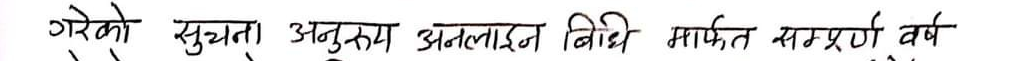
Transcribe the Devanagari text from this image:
गरेको सुचना अनुरुप अनलाइन विधि मार्फत सम्पर्क वर्ष